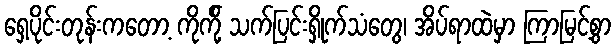
ရှေ့ပိုင်းတုန်းကတော့ ကိုကို့် သက်ပြင်းရှိုက်သံတွေ၊ အိပ်ရာထဲမှာ ကြာမြင့်စွာ